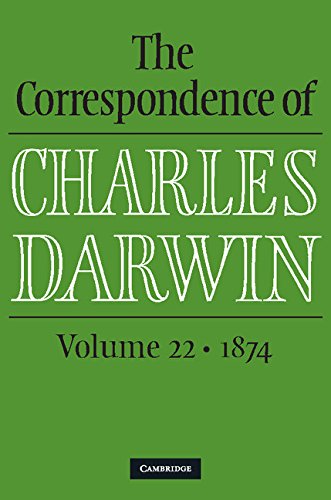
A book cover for The Correspondence of Charles Darwin: Volume 22, 1874; Charles Darwin; Literature & Fiction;